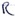
Text: R